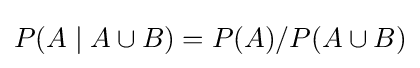
P(A\mid A\cup B)=P(A)/P(A\cup B)